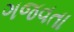
ગજવતા